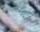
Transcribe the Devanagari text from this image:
गद्दाराने